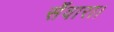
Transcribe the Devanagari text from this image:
सँवारा।